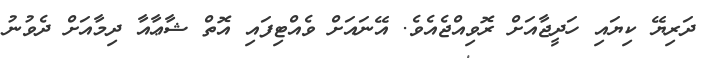
ދަރިޔޭ ކިޔައި ހަދީޖާއަށް ރޮވިއްޖެއެވެ. އޭނައަށް ވެއްޓިފައި އޮތް ޝާޢާއާ ދިމާއަށް ދެވުނު